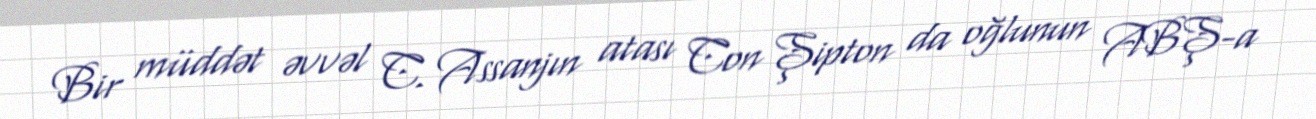
Bir müddət əvvəl C. Assanjın atası Con Şipton da oğlunun ABŞ-a